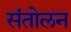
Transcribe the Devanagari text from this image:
संतोलन